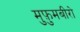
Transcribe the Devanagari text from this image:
मुफ़ुमबीरो